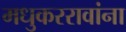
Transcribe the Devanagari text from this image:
मधुकररावांना